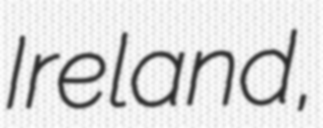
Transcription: Ireland,